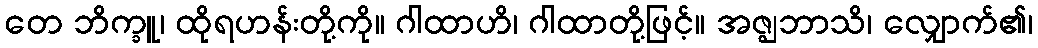
တေ ဘိက္ခူ၊ ထိုရဟန်းတို့ကို။ ဂါထာဟိ၊ ဂါထာတို့ဖြင့်။ အဇ္ဈဘာသိ၊ လျှောက်၏၊